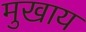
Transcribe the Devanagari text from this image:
मुखाय